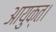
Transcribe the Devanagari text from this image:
आयुक्त।